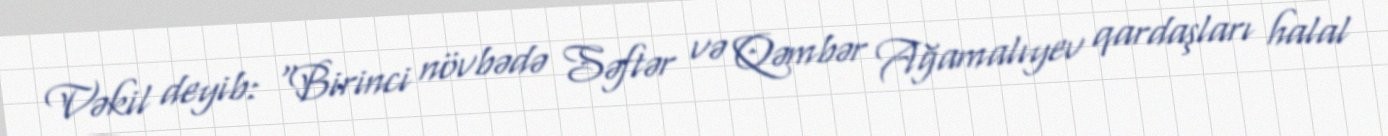
Vəkil deyib: “Birinci növbədə Səftər və Qəmbər Ağamalıyev qardaşları halal